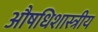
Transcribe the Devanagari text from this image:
औषधिशास्त्रीय